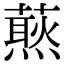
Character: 𧀙